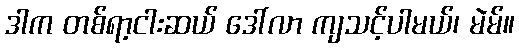
ဒါက တစ်ရာ့ငါးဆယ် ဒေါ်လာ ကျသင့်ပါမယ်၊ မဲမ်။